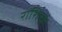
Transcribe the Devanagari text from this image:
राशिच्क्र